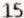
15